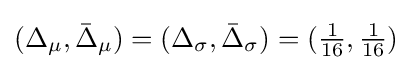
(\Delta _{\mu },{\bar {\Delta }}_{\mu })=(\Delta _{\sigma },{\bar {\Delta }}_{\sigma })=({\tfrac {1}{16}},{\tfrac {1}{16}})